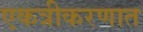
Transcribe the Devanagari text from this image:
एकत्रीकरणात